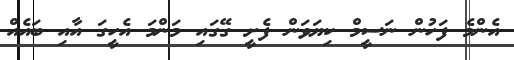
އެންމެ ފަހުން ނަސީމް ކިޔަވަން ފެށީ ގޭގައި މަންމަ އެހީގަ އާއި ބައެއް